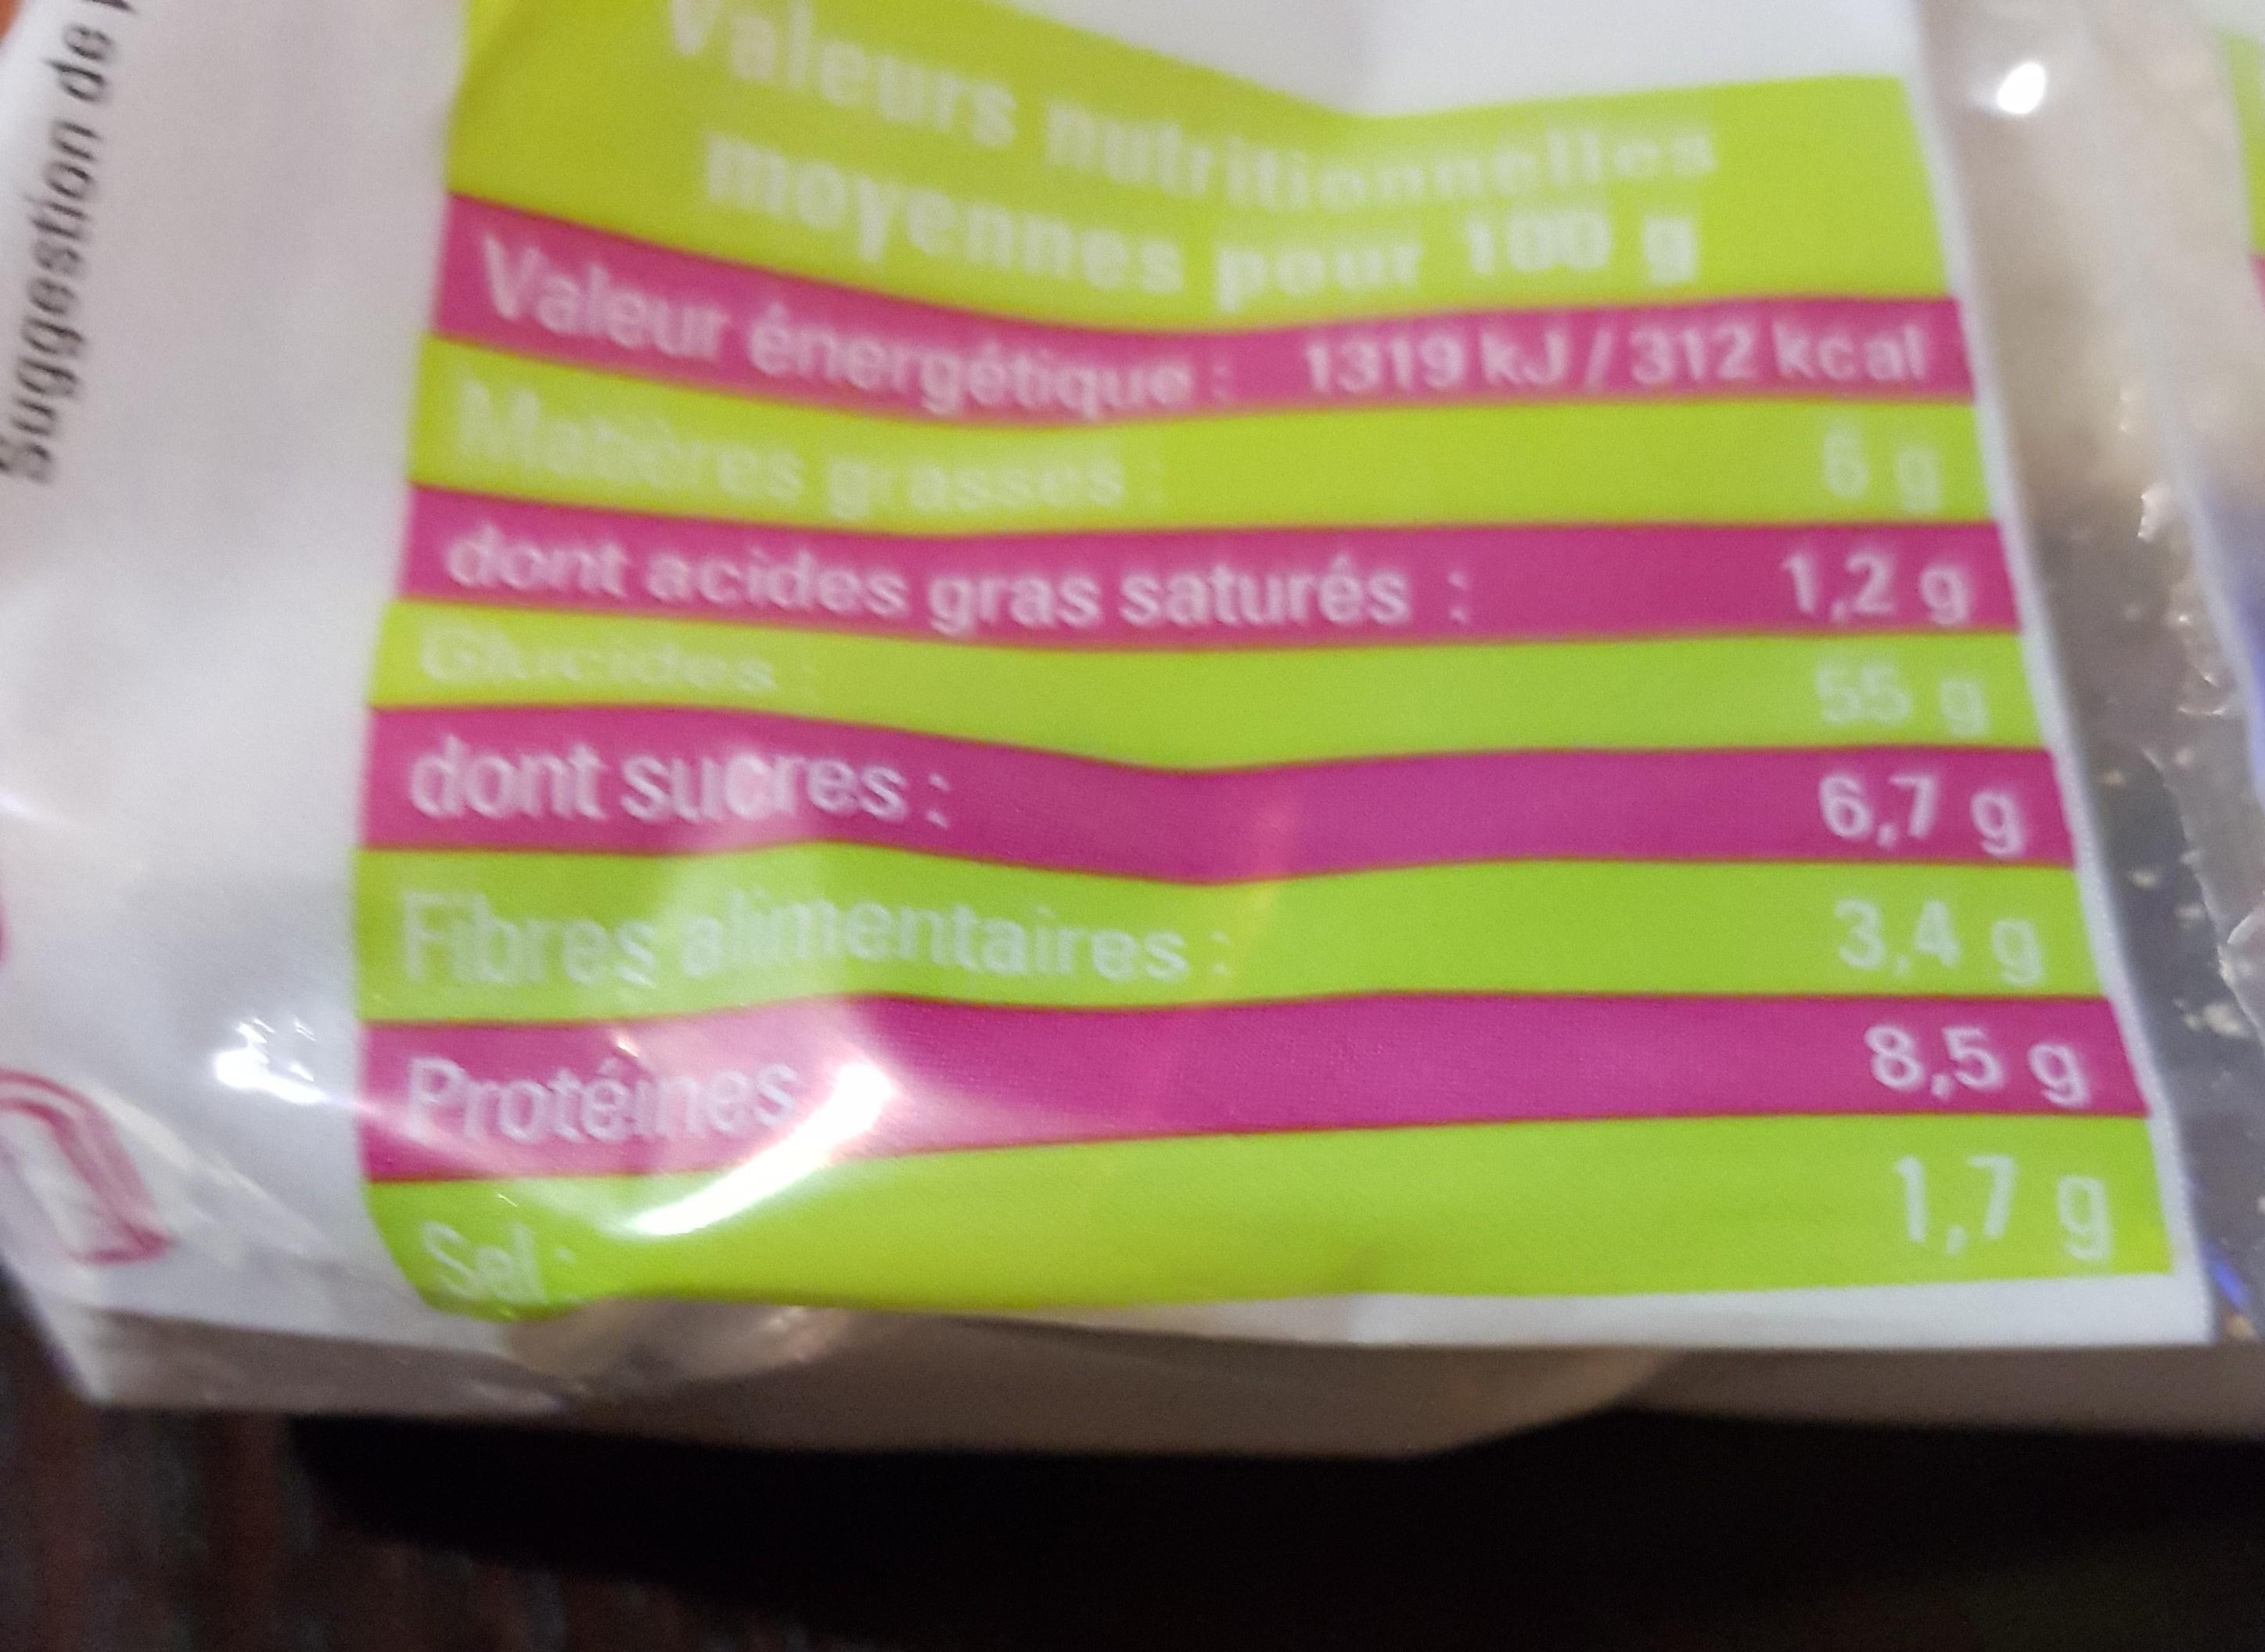
Valeurs nutritonnelles moyennes pour 100 Valeur énergétique: 1319 kJ/312 kcal Matieres grasses 1,2g 55g dont acides gras saturés: Glucides 6,7g dont sueres: 3,4 g Fibresalimentaires 8,5 g Protenes 1,7 g Sala ap uonsebbng